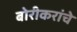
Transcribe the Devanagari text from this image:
बोरीकरांचे